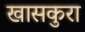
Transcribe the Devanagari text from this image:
खासकुरा